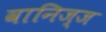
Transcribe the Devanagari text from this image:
वानिज्ज